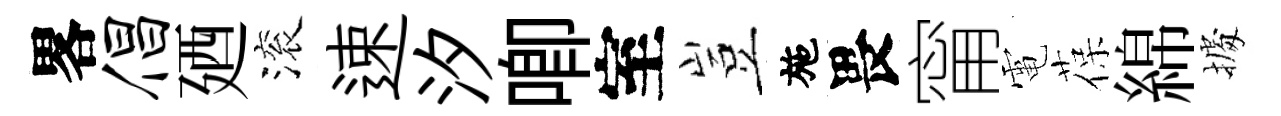
畧倡廼滚速汐唧室豈施畏甯電葆綿𢴃